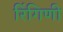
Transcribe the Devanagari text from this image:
रिंगिणी